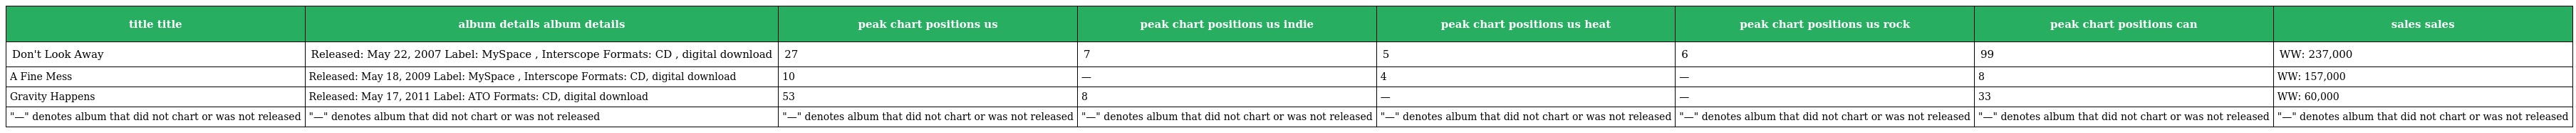
| title title | album details album details | peak chart positions us | peak chart positions us indie | peak chart positions us heat | peak chart positions us rock | peak chart positions can | sales sales |
 | --- | --- | --- | --- | --- | --- | --- | --- |
 | Don't Look Away | Released: May 22, 2007 Label: MySpace , Interscope Formats: CD , digital download | 27 | 7 | 5 | 6 | 99 | WW: 237,000 |
 | A Fine Mess | Released: May 18, 2009 Label: MySpace , Interscope Formats: CD, digital download | 10 | — | 4 | — | 8 | WW: 157,000 |
 | Gravity Happens | Released: May 17, 2011 Label: ATO Formats: CD, digital download | 53 | 8 | — | — | 33 | WW: 60,000 |
 | "—" denotes album that did not chart or was not released | "—" denotes album that did not chart or was not released | "—" denotes album that did not chart or was not released | "—" denotes album that did not chart or was not released | "—" denotes album that did not chart or was not released | "—" denotes album that did not chart or was not released | "—" denotes album that did not chart or was not released | "—" denotes album that did not chart or was not released |